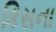
કિસના